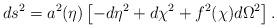
LaTeX: \begin{align*}ds^2 = a^2(\eta) \left[ -d\eta^2 + d\chi^2 + f^2(\chi) d\Omega^2\right].\end{align*}